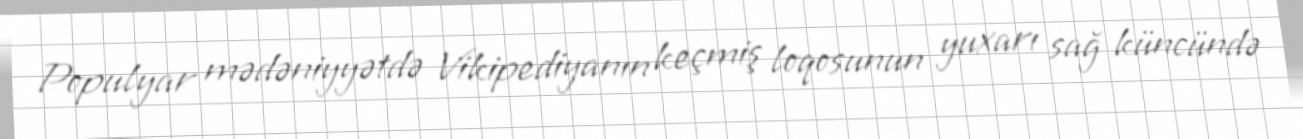
Populyar mədəniyyətdə Vikipediyanın keçmiş loqosunun yuxarı sağ küncündə